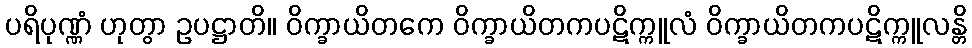
ပရိပုဏ္ဏံ ဟုတွာ ဥပဋ္ဌာတိ။ ဝိက္ခာယိတကေ ဝိက္ခာယိတကပဋိက္ကူလံ ဝိက္ခာယိတကပဋိက္ကူလန္တိ